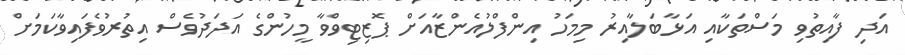
އަދި ފާއިތުވި މަސްތަކާއި އަޅާބަލާއިރު މިމަހު އިންފްލުއެންޒާއަށް ޕޮޒިޓިވްވާ މީހުންގެ އަދަދުވެސް އިތުރުވެފައިވާކަމަށް